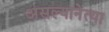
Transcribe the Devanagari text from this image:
असल्यानेत्या